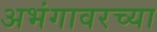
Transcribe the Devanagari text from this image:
अभंगावरच्या